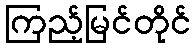
ကြည့်မြင်တိုင်